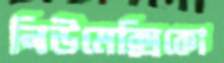
নিউমেক্সিকো